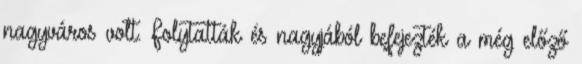
nagyváros volt. Folytatták és nagyjából befejezték a még előző